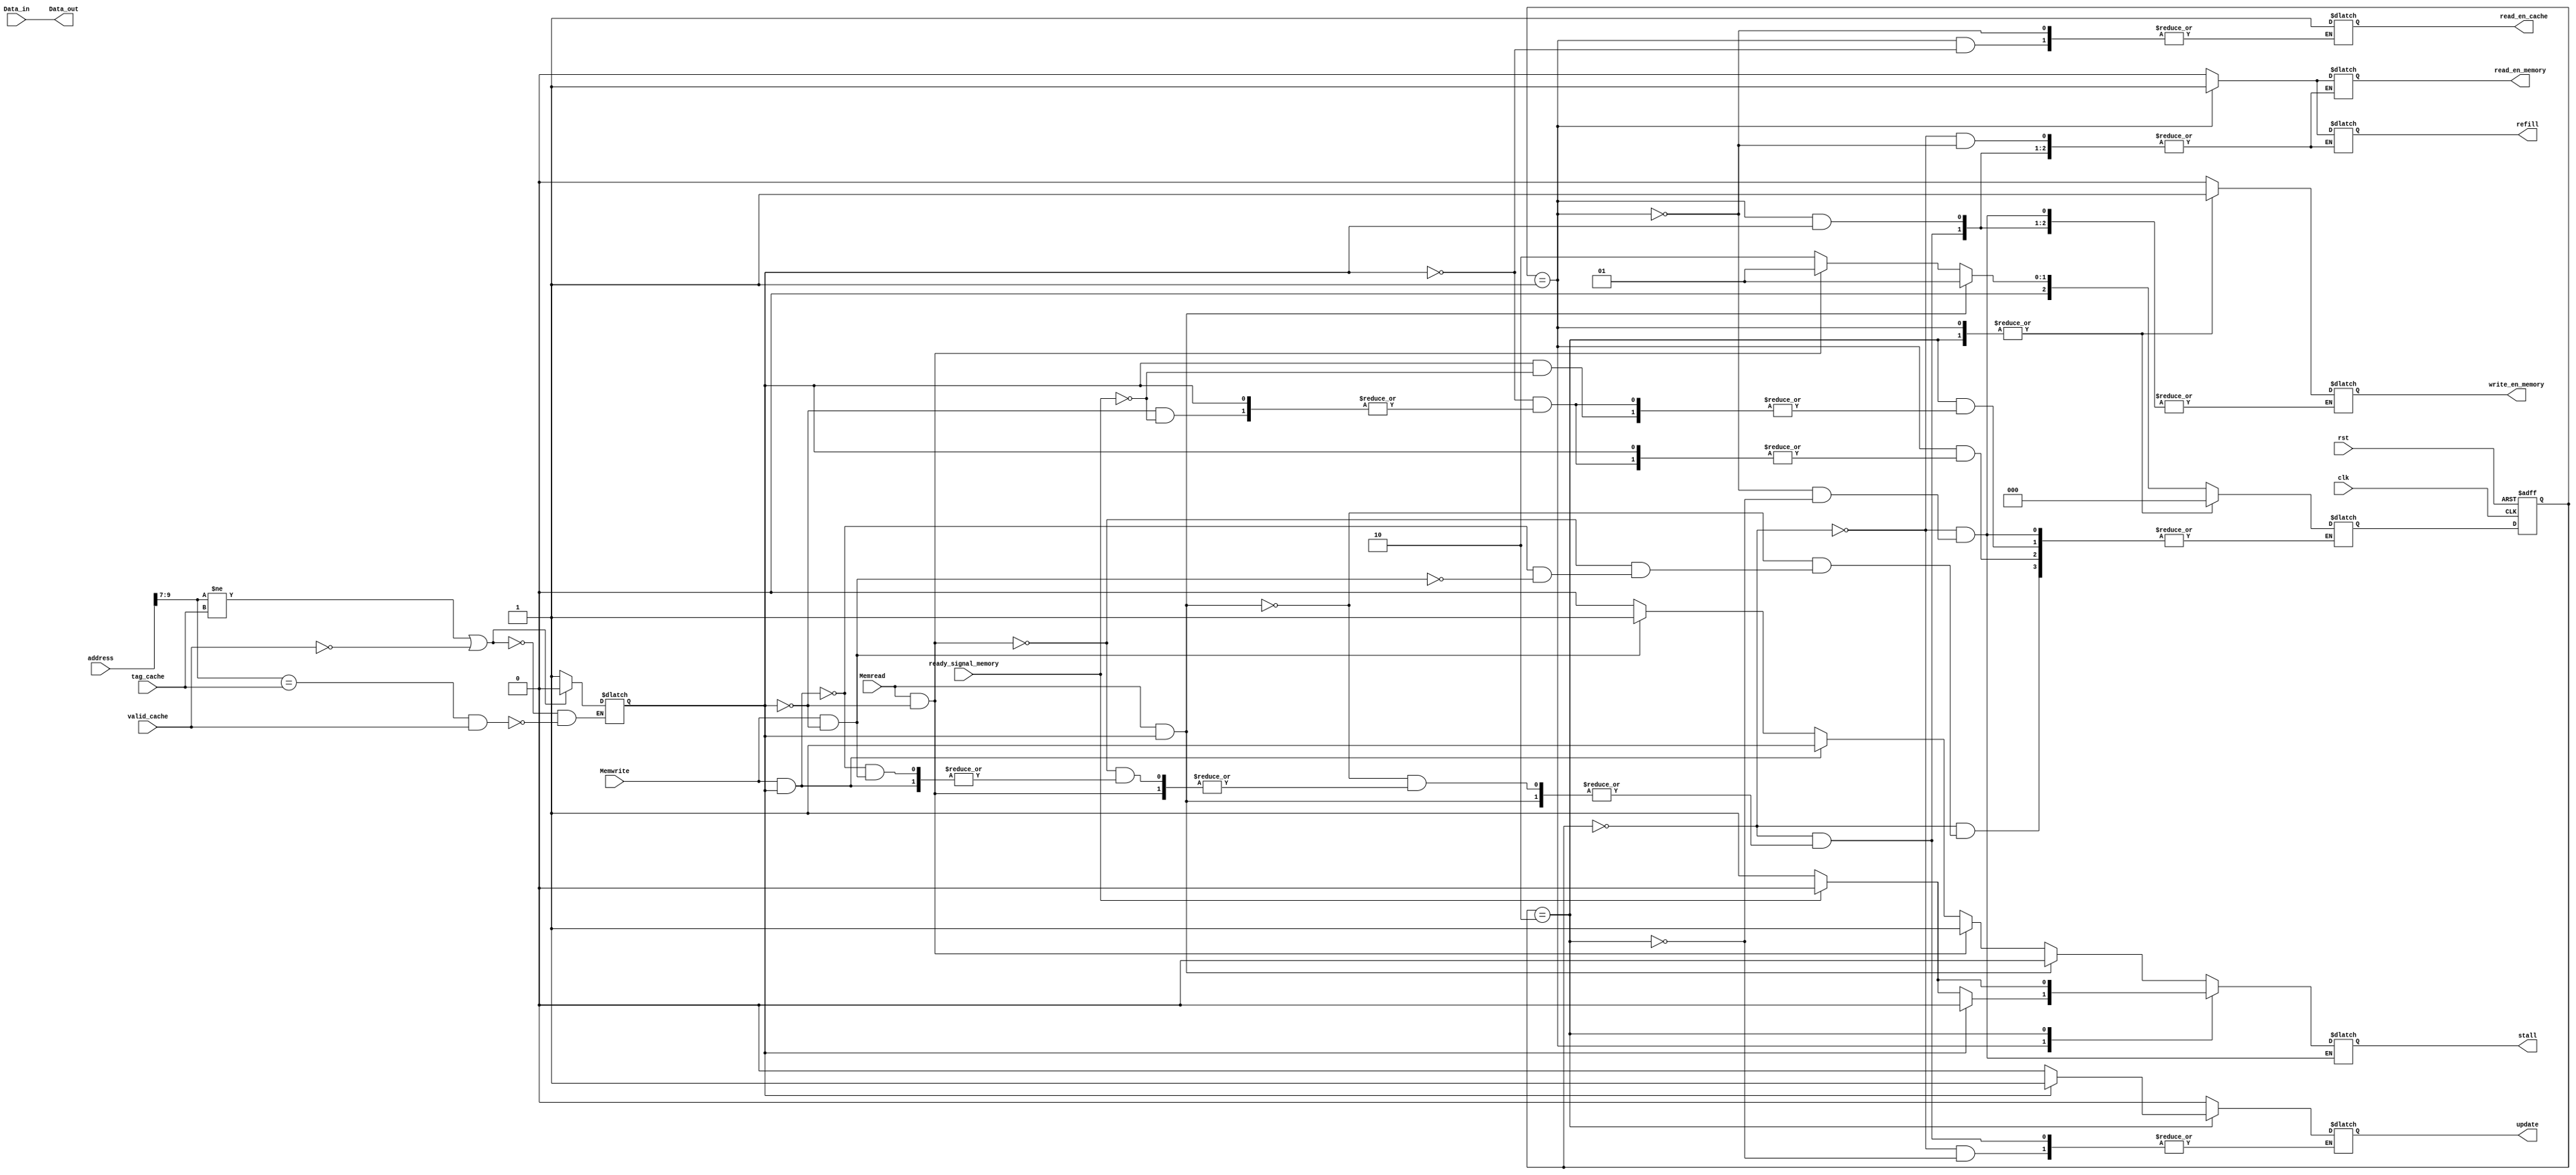
module cache_controller 
(
    
  input clk , rst , Memwrite , Memread ,/* ready_signal_cache ,*/  ready_signal_memory , valid_cache ,
  input [9:0]address,
  input [2:0]tag_cache,
  input [31:0]Data_in,
 
  output [31:0]Data_out,
  output  reg stall,refill,write_en_memory, read_en_cache , read_en_memory , update
  );
  
 // reg [2:0] tag_array  [0:WIDTH-1];
  //reg valid_array      [0:WIDTH-1]; 
  reg [1:0] offset;
  reg [4:0] index;
  reg [2:0] tag;
  reg cache_hit;
  localparam Idle = 2'b00 ;
  localparam Read = 2'b01 ;
  localparam Write = 2'b10 ;
  
  reg [2:0]state_current;
  reg [2:0]state_next;
 
  assign Data_out = Data_in;
  always@(posedge clk or negedge rst ) 
   begin
    if(~rst)
      begin
      state_current <= Idle;
      end
   else
      begin
      state_current <= state_next;
      end
   end
   
 always@(*)begin
       if (tag != tag_cache || valid_cache!=1)
          begin
			       cache_hit <= 0; 
			     end
       else if (tag == tag_cache&& valid_cache==1)
          begin  
			        cache_hit <= 1; 
			    end
   end
	always@(*)begin
	
	case (state_current)
            Idle:  // Idle state
               if (Memread && cache_hit)
                 begin
                   // Cache hit
                    stall <= 1'b0;
                    state_next <= Read; // Move to reading state
                 end
               else if (Memread && !cache_hit)
                  begin
                    // Cache miss, set stall
                    stall <= 1'b1;
                    state_next <= Read; // Move to reading state
                  end 
                else if (Memwrite && cache_hit)
                   begin
                    // Cache hit for write
                    stall <= 1'b1;
                    state_next <= Write; // Move to writing state
                   end 
                else if (Memwrite && !cache_hit)
                   begin
                    // Cache miss for write
                    stall <= 1'b1;
                    state_next <= Write; // Move to writing state
                    end
                 else 
                   begin
                    // No operation
                    stall <= 1'b0;
                    refill <= 1'b0;
					write_en_memory <= 1'b0;
					read_en_memory <= 1'b0;
					update <= 1'b0;
                   end
			    
			    Read: // Reading state
			        if (cache_hit) 
			          begin
			          stall <= 1'b0;
			          read_en_cache <= 1'b1;
					 
		            end
             else if (!cache_hit)
                 begin
	                 refill <= 1'b1;
	                 read_en_memory <= 1'b1;
					 write_en_memory <= 1'b1;
	                 stall <= 1'b1;
	                 
		               if ( ready_signal_memory == 1)
		                    begin
                         // Data from memory is available
                          state_next <=Idle; // Move back to idle state
                          stall <= 1'b0;
                     end
                  end
                     
		       Write: // Writing state
               if (cache_hit)begin
		               update <= 1'b1; 
               	       write_en_memory <= 1'b1;
           	           stall <= 1'b1;
                  if (ready_signal_memory == 1)
                     begin
				             // Memory finished writing
                       state_next <= Idle; // Move back to idle state
          	             stall <= 1'b0;
                    	        end 
                         end
		           else	if (!cache_hit)
		               begin 
					       update <= 1'b0; 
			               write_en_memory <= 1'b1;
			               stall <= 1'b1;
			            
		              if (ready_signal_memory)
		                begin
                    		// Memory finished writing
                      state_next <= Idle; // Move back to idle state
               	      stall <= 1'b0; 
               	       end
             	       end
              
        endcase
    end


always @(*)
 begin 
 offset    = address [1:0];
 index     = address [6:2];
 tag       = address [9:7];
end

endmodule